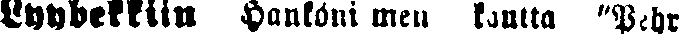
Lyybekkiin Hankoni men kautta "Pehr